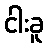
ငါးခူ